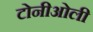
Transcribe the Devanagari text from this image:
टोनीओली